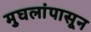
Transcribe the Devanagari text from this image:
मुघलांपासून